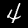
Label: 4